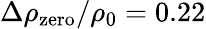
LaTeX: \Delta\rho_{\mathrm{zero}}/\rho_{0}=0.22